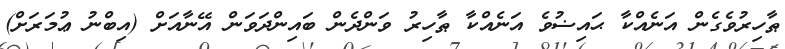
ޠާހިރުވެގެން އަނެއްކާ ޙައިޟުވެ އަނެއްކާ ޠާހިރު ވަންދެން ބައިންދަވަން އޭނާއަށް (އިބްނު ޢުމަރަށް)